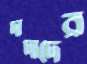
দাদাদের